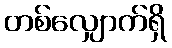
တစ်လျှောက်ရှိ